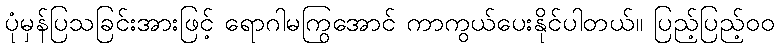
ပုံမှန်ပြသခြင်းအားဖြင့် ရောဂါမကြွအောင် ကာကွယ်ပေးနိုင်ပါတယ်။ ပြည့်ပြည့်ဝဝ